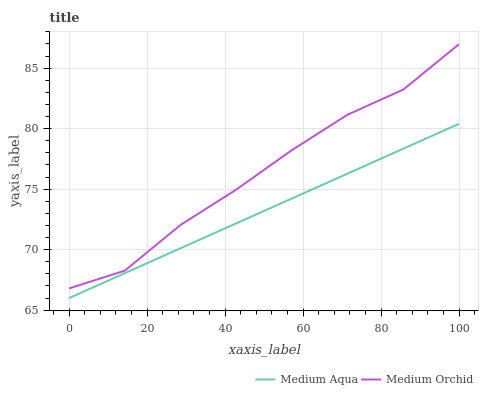
| xaxis_label | Medium Aqua | Medium Orchid |
 | --- | --- | --- |
 | 0 | 66 | 66.8 |
 | 14.3 | 68.1 | 68.3 |
 | 28.6 | 70.1 | 72 |
 | 42.9 | 72.2 | 75 |
 | 57.1 | 74.2 | 78.2 |
 | 71.4 | 76.3 | 81.2 |
 | 85.7 | 78.3 | 83.2 |
 | 100 | 80.4 | 87 |